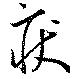
疾